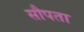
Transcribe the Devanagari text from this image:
सौपता